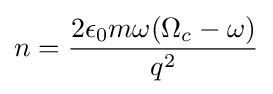
n={\frac {2\epsilon _{0}m\omega (\Omega _{c}-\omega )}{q^{2}}}